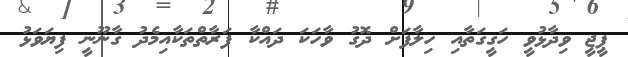
ޕީޖީ ވިދާޅުވީ ހަގީގަތާއި ހިލާފަށް ދޮގު ވާހަކަ ދައްކާ ފަރާތްތަކާއިމެދު ގާނޫނީ ފިޔަވަޅު